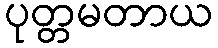
ပုတ္တမတာယ